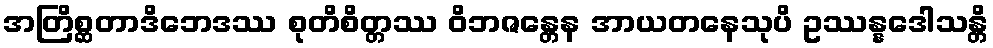
အတြိစ္ဆတာဒိဘေဒဿ စုတိစိတ္တဿ ဝိဘဇန္တေန အာယတနေသုပိ ဥဿန္နဒေါသန္တိ